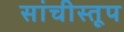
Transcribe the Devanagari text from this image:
सांचीस्तूप